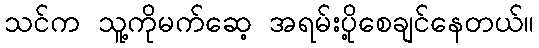
သင်က သူ့ကိုမက်ဆေ့ အရမ်းပို့စေချင်နေတယ်။